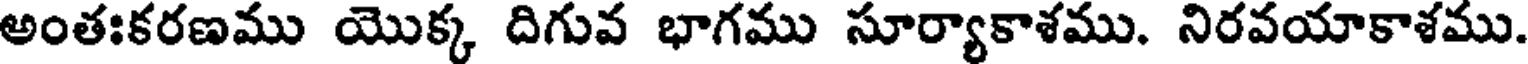
అంతఃకరణము యొక్క దిగువ భాగము సూర్యాకాశము. నిరవయాకాశము.